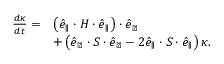
\begin{array} { r l } { \frac { d \kappa } { d t } = } & { \left( \boldsymbol { \hat { e } } _ { \parallel } \cdot \boldsymbol { H } \cdot \boldsymbol { \hat { e } } _ { \parallel } \right) \cdot \boldsymbol { \hat { e } } _ { \perp } } \\ & { + \left( \boldsymbol { \hat { e } } _ { \perp } \cdot \boldsymbol { S } \cdot \boldsymbol { \hat { e } } _ { \perp } - 2 \boldsymbol { \hat { e } } _ { \parallel } \cdot \boldsymbol { S } \cdot \boldsymbol { \hat { e } } _ { \parallel } \right) \kappa . } \end{array}